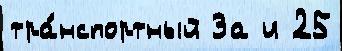
тра́нспортный За и 25